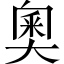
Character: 奧